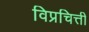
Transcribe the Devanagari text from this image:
विप्रचित्ती